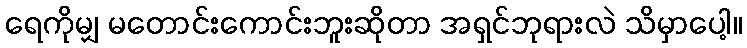
ရေကိုမျှ မတောင်းကောင်းဘူးဆိုတာ အရှင်ဘုရားလဲ သိမှာပေါ့။